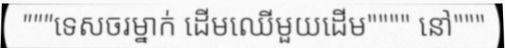
"""ទេសចរម្នាក់ ដើមឈើមួយដើម"""" នៅ"""